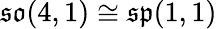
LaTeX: {\mathfrak{so}}(4,1)\cong{\mathfrak{sp}}(1,1)